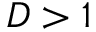
D > 1